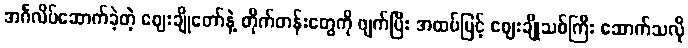
အင်္ဂလိပ်ဆောက်ခဲ့တဲ့ ဈေးချိုတော်နဲ့ တိုက်တန်းတွေကို ဖျက်ပြီး အထပ်မြင့် ဈေးချိုသစ်ကြီး ဆောက်သလို